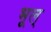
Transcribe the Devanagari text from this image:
भूल्